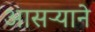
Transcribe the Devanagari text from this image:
आसऱ्याने